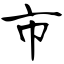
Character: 市